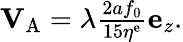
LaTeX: \begin{array}{r}{\mathbf{V}_{\mathrm{A}}=\lambda\frac{2af_{0}}{15\eta^{\mathrm{e}}}\mathbf{e}_{z}.}\end{array}